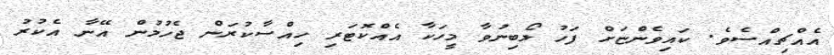
އެއްޗިއްސެވެ. ކައިވެންޏަށް ފަހު ލޯބިނުވާ މީހަކާ އެއްކޮޓަރި ހިއްސާކުރަން ޖެހުމުން އޭނާ އެކުރު